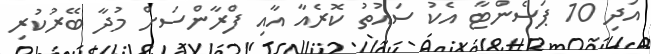
އަދި 10 ޕަސެންޓާ އެކު ސައުތު ކޮރެއާ އާއި ފްރާންސަށް މުދާ ބޭރުކުރި